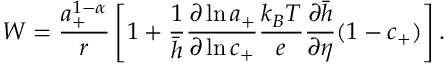
W = \frac { a _ { + } ^ { 1 - \alpha } } { r } \left[ 1 + \frac { 1 } { \bar { h } } \frac { \partial \ln { a _ { + } } } { \partial \ln { c _ { + } } } \frac { k _ { B } T } { e } \frac { \partial \bar { h } } { \partial \eta } ( 1 - c _ { + } ) \right] .